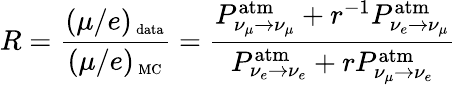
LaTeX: R=\frac{(\mu/e)_{\mathrm{\scriptsize~data}}}{(\mu/e)_{\mathrm{\scriptsize~MC}}}=\frac{P_{\nu_{\mu}\to\nu_{\mu}}^{\mathrm{atm}}+r^{-1}P_{\nu_{e}\to\nu_{\mu}}^{\mathrm{atm}}}{P_{\nu_{e}\to\nu_{e}}^{\mathrm{atm}}+rP_{\nu_{\mu}\to\nu_{e}}^{\mathrm{atm}}}